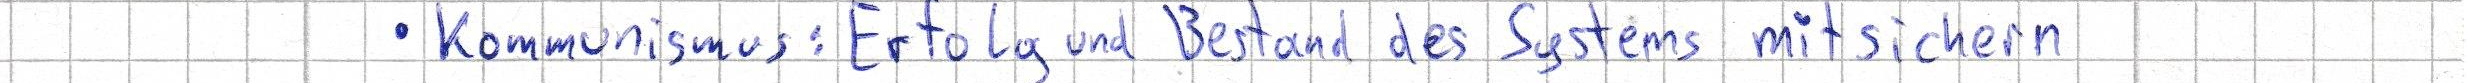
- Kommunismus: Erfolg und Bestand des Systems mitsichern